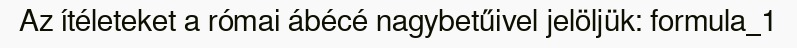
Az ítéleteket a római ábécé nagybetűivel jelöljük: formula_1